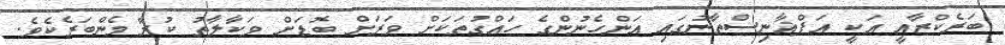
ބަރެކްޒާއީ އަކީ އަފްޣާނިސްތާނުގައި އަންހެނުންގެ ހައްގުތަކަށް ވަރަށް ބޮޑަށް ވަކާލާތު ކުރާ މެންބަރެކެވެ.